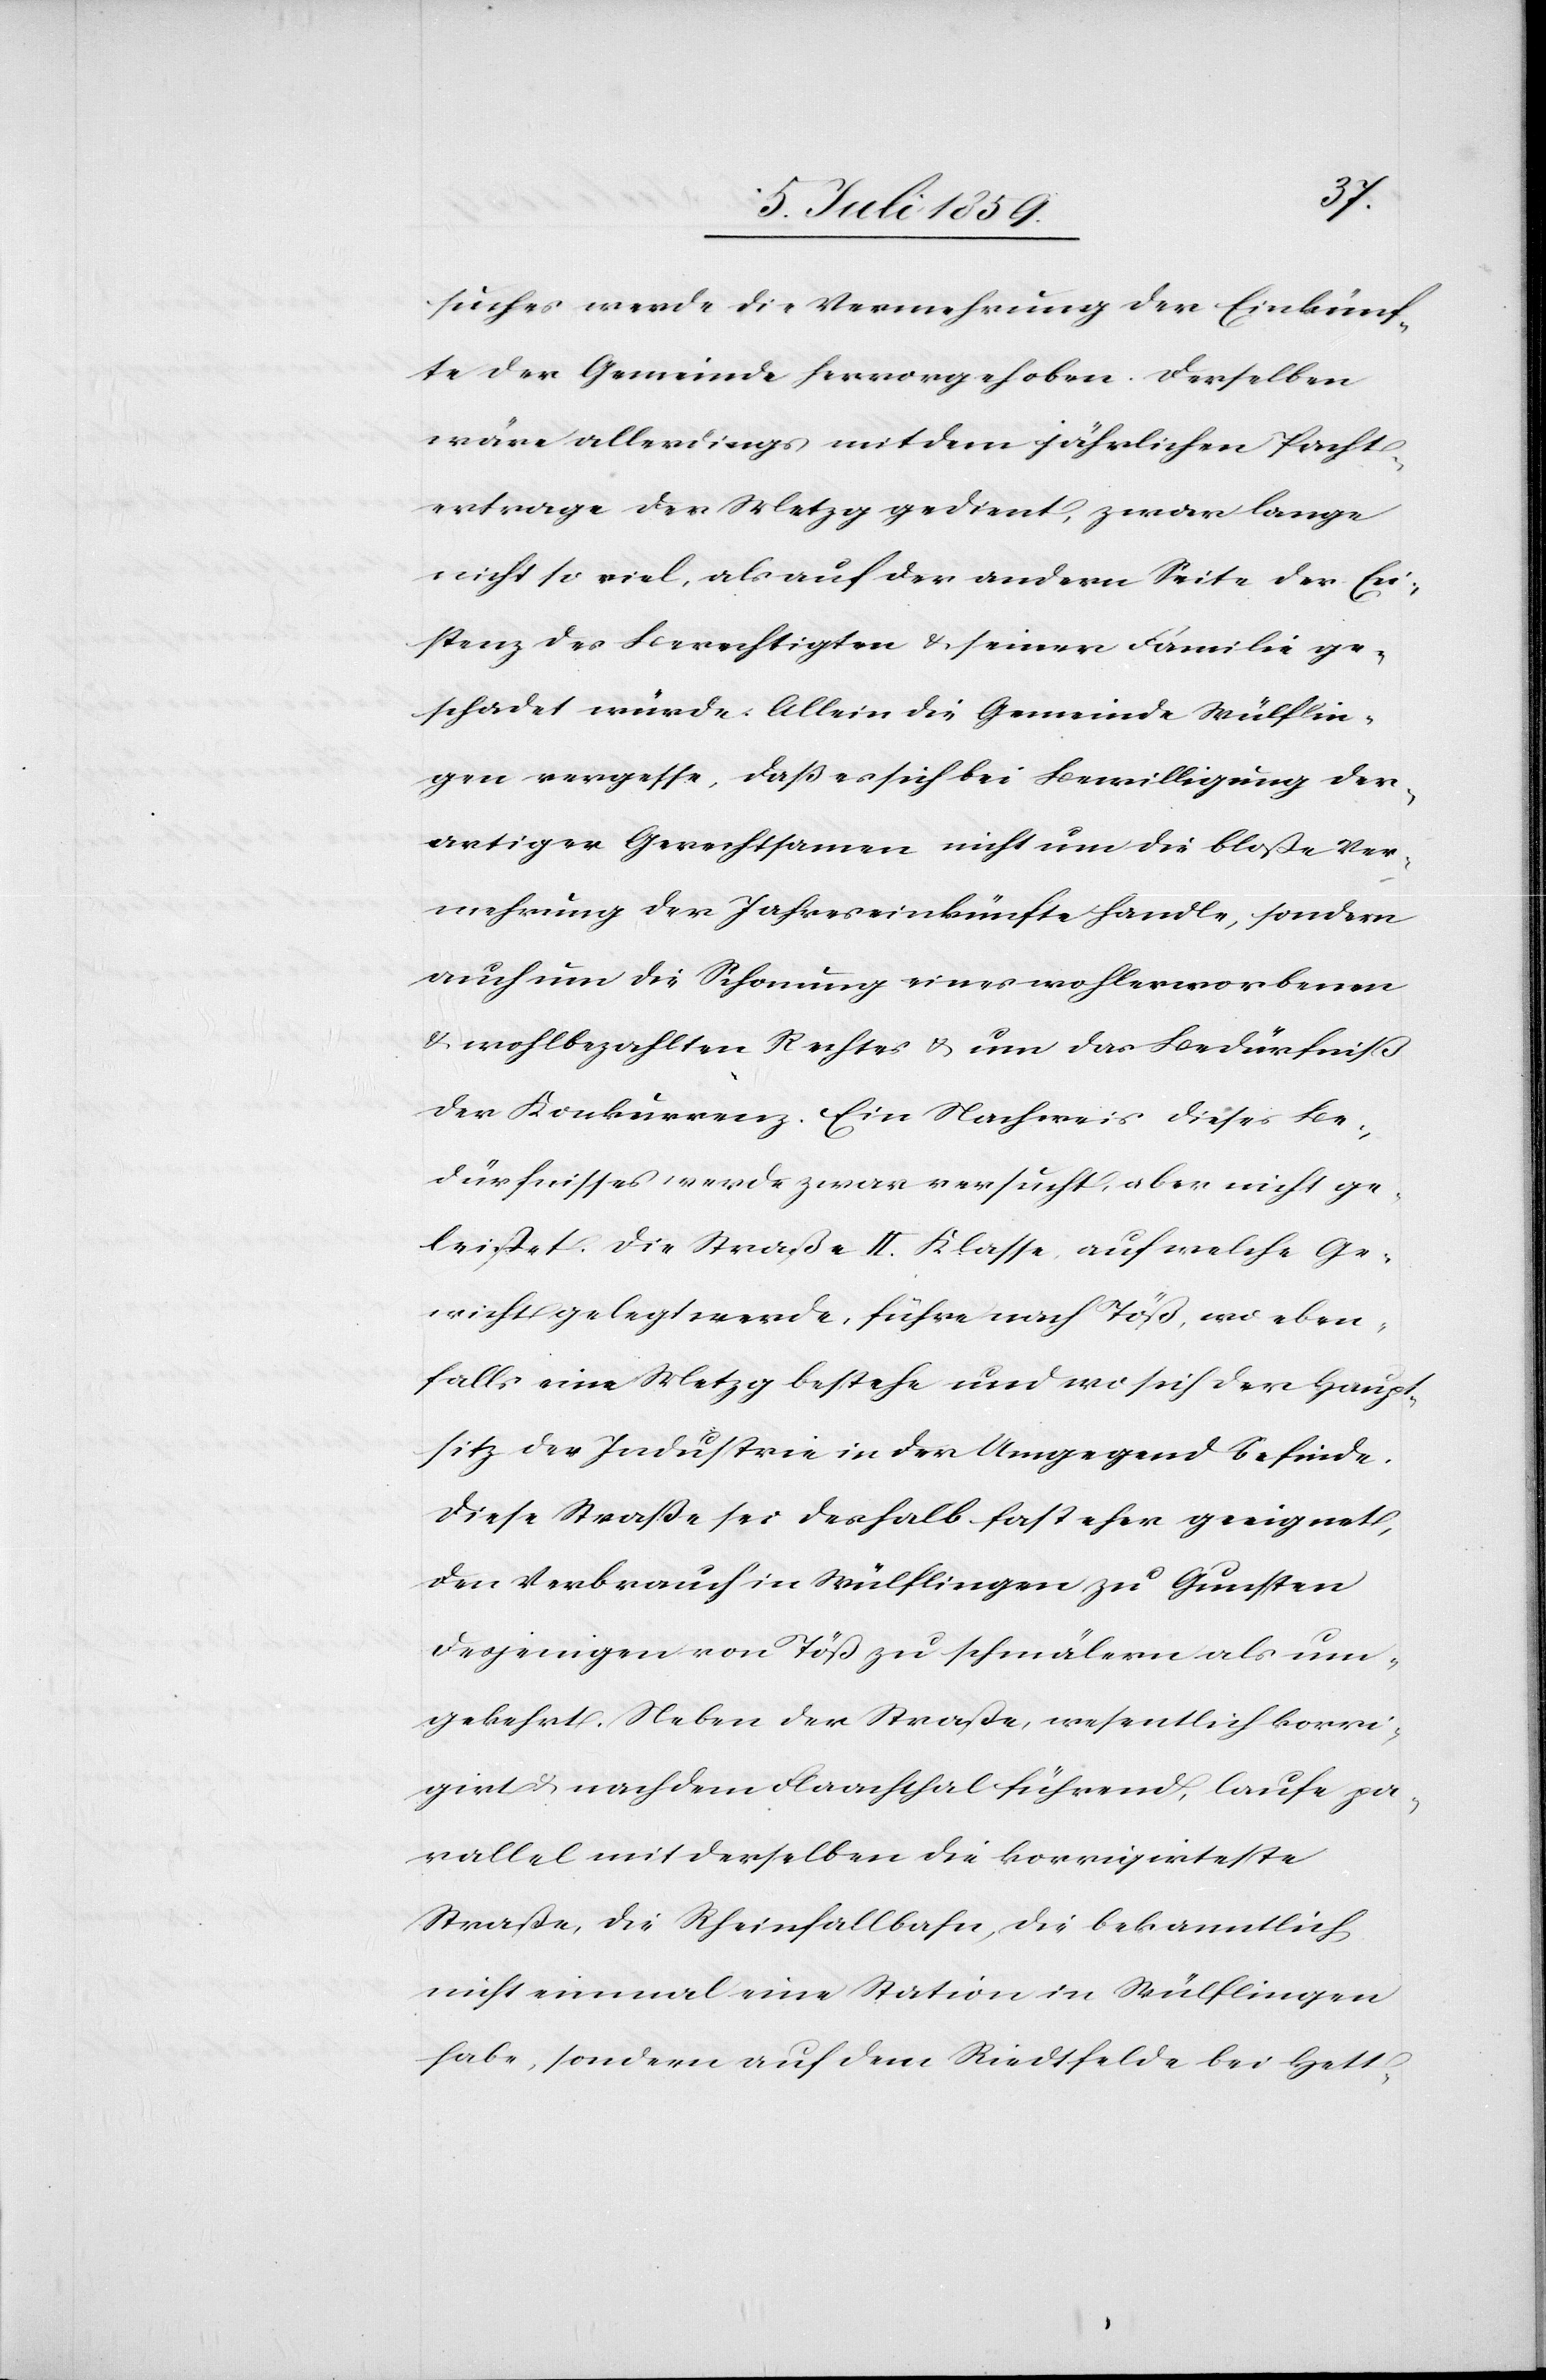
suches werde die Vermehrung der Einkünf¬
te der Gemeinde hervorgehoben. Derselben
wäre allerdings mit dem jährlichen Pacht¬
ertrage der Metzg gedient, zwar lange
nicht so viel, als auf der andern Seite der Exi¬
stenz des Berechtigten u. seiner Familie ge¬
schadet würde. Allein die Gemeinde Wülflin¬
gen vergesse, daß es sich bei Bewilligung der¬
artiger Gerechtsamen nicht um die bloße Ver¬
mehrung der Jahreseinkünfte handle, sondern
auch um die Schonung eines wohlerworbenen
u. wohlbezahlten Rechtes u. um das Bedürfniß
der Konkurrenz. Ein Nachweis dieses Be¬
dürfnisses werde zwar versucht, aber nicht ge¬
leistet. Die Straße II. Klasse auf welche Ge¬
wicht gelegt werde, führe nach Töß, wo eben¬
falls eine Metzg bestehe und wo sich der Haupt¬
sitz der Industrie in der Umgegend befinde.
Diese Straße sei deshalb fast eher geeignet,
den Verbrauch in Wülflingen zu Gunsten
desjenigen von Töß zu schmälern als um¬
gekehrt. Neben der Straße, wesentlich korri¬
giert u. nachdem Flaachthal führend, laufe pa¬
rallel mit derselben die korrigirteste
Straße, die Rheinfallbahn, die bekanntlich
nicht einmal eine Station in Wülflingen
habe, sondern auf dem Riedtfelde bei Hett-